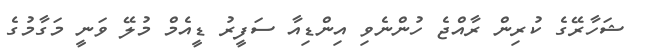
ޝަހާރޭގެ ކުރިން ރާއްޖެ ހުންނެވި އިންޑިއާ ސަފީރު ޑީއެމް މުލޭ ވަނީ މަގާމުގެ